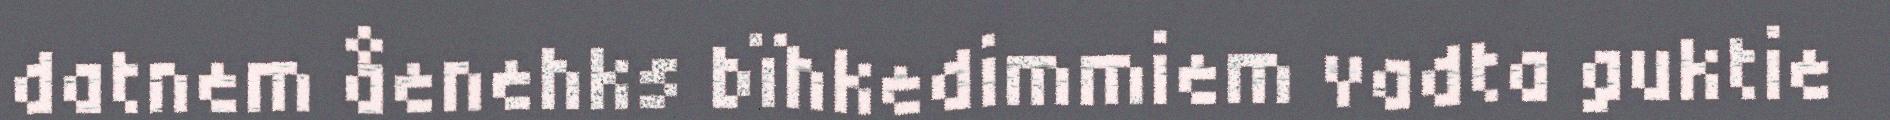
datnem åenehks bïhkedimmiem vadta guktie